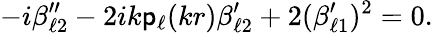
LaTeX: -i\beta_{\ell2}^{\prime\prime}-2ik\mathsf{p}_{\ell}(kr)\beta_{\ell2}^{\prime}+2(\beta_{\ell1}^{\prime})^{2}=0.